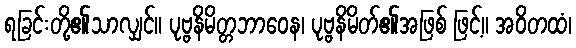
ရခြင်းတို့၏သာလျှင်။ ပုဗ္ဗနိမိတ္တဘာဝေန၊ ပုဗ္ဗနိမိတ်၏အဖြစ် ဖြင့်။ အဝိတထံ၊